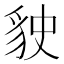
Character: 𧲬